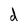
Character: d